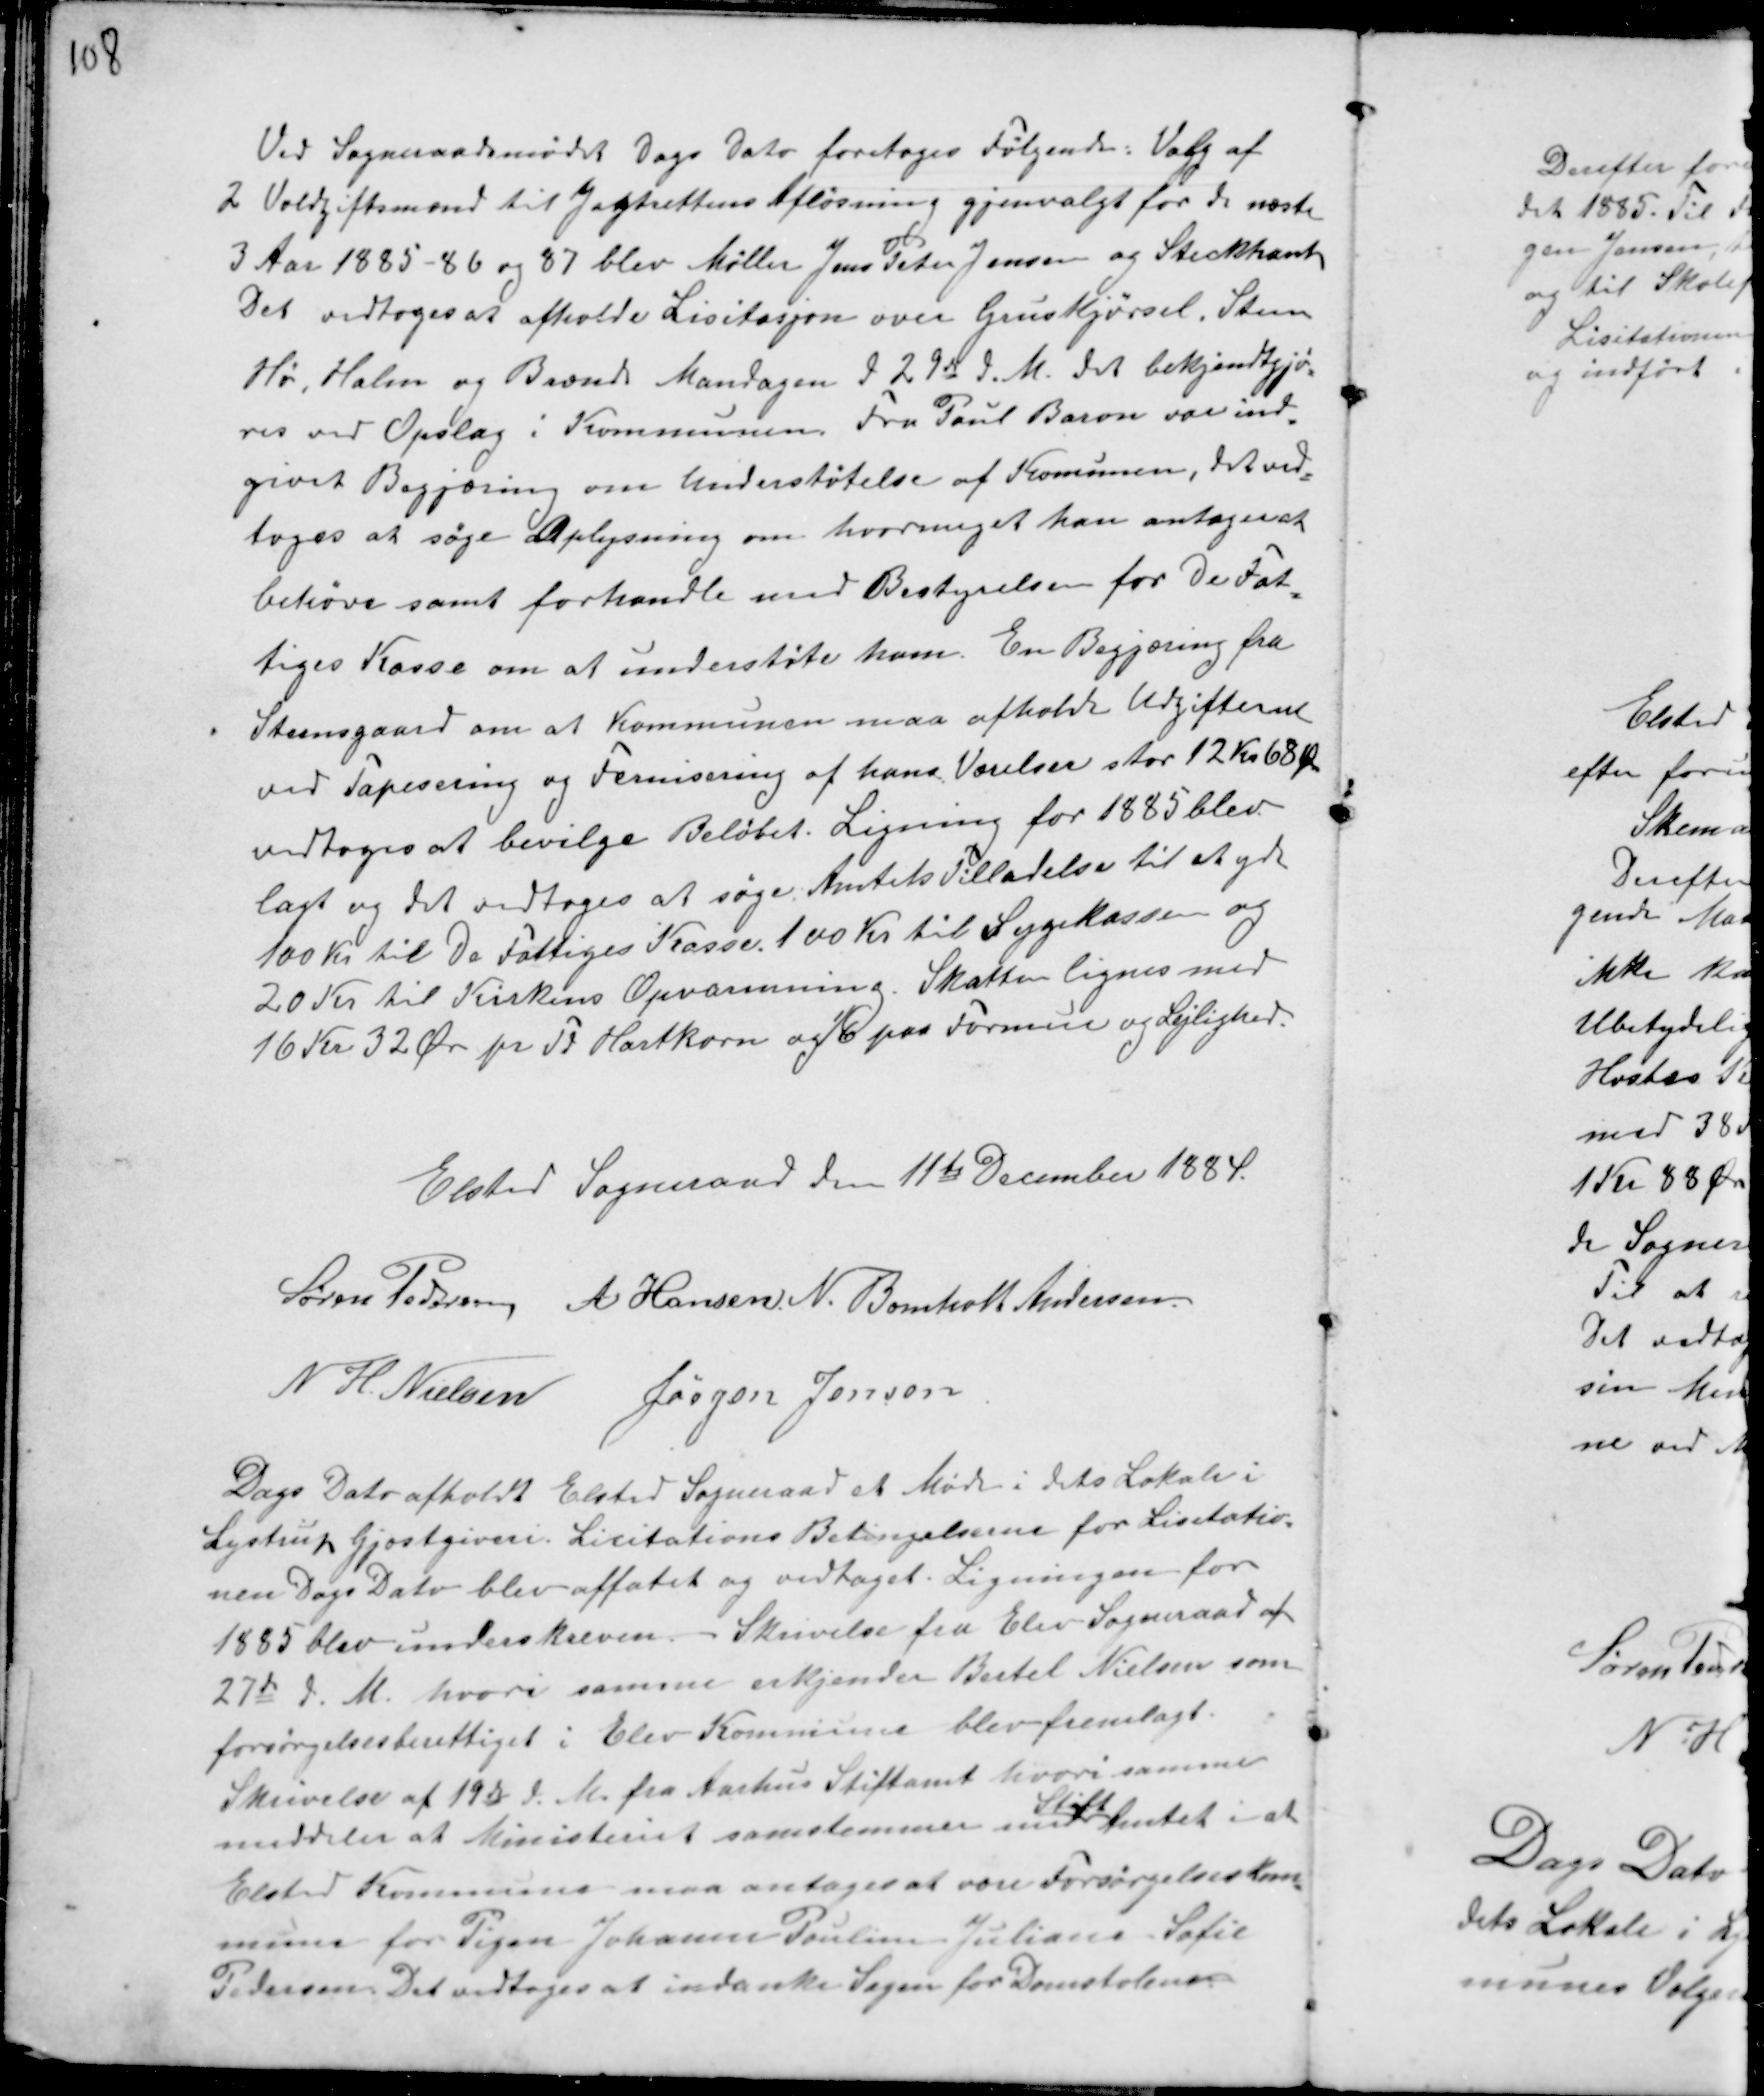
Transskription:
Ved Sogneraadsmødet Dags Dato foretoges Følgende: Valg af
2 Voldgiftsmænd til Jagtrettens Afløsning gjenvalgt for de næste
3 Aar 1885 - 86 og 87 blev Møller Jens Peter Jensen og Steckhanh
Det vedtoges at afholde Lisitasjon over Gruskjørsel, Steen
Hø, Halm og Brænde Mandagen d 29de d. M. det bekjendtgjø-
res ved Opslag i Kommunen. Fra Poul Baron var ind-
givet Begjæring om Understøtelse af Komunen, det ved-
toges at søge Oplysning om hvormeget han antages at
behøve samt forhandle med Bestyrelsen for De Fat-
tiges Kasse om at understøte ham. En Begjæring fra
Steensgaard om at Kommunen maa afholde Udgifterne
ved Tapesering og Fernisering af hans Værelse stor 12 Kr 68 Ør
vedtoges at bevilge Beløbet. Ligning for 1885 blev
lagt og det vedtoges at søge Amtets Tilladelse til at yde
100 Kr til De Fattiges Kasse. 100 Kr til Sygekassen og
20 Kr til Kirkens Opvarmning. Skatten lignes med
16 Kr 32 Ør pr Td Hartkorn og 1/6 paa Formue og Lejlighed.

Elsted Sogneraad den 11te December 1884.
Søren Pedersen A Hansen. N. Bomholt Andersen.
N H. Nielsen Jørgen Jensen

Dags Dato afholdt Elsted Sogneraad Møde i dets Lokale i
Lystrup Gjæstgiveri. Licitations Betingelserne for Lisitatio-
nen Dags Dato blev affatet og vedtaget. Ligningen for
1885 blev underskreven. Skrivelse fra Elev Sogneraad af
27de d. M. hvori samme erkjender Bertel Nielsen som
forsørgelsesberettiget i Elev Kommune blev fremlagt.
Skrivelse af 19de d. M. fra Aarhus Stiftamt hvori samme
meddeler at Ministeriet samstemmer med
Stift
Amtet i at
Elsted Kommune maa antages at være Forsørgelseskom-
mune for Pigen Johanne Pouline Juliane Sofie
Pedersen. Det vedtoges at indanke Sagen for Domstolene.